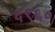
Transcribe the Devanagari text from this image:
६९६०